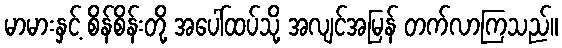
မာမားနှင့် စိန်စိန်းတို့ အပေါ်ထပ်သို့ အလျင်အမြန် တက်လာကြသည်။